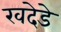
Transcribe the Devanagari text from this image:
खदेडे